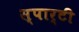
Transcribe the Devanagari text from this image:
स्पार्टी